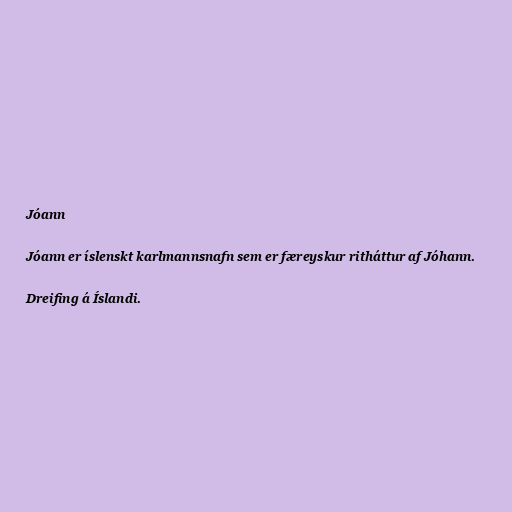
Jóann

Jóann er íslenskt karlmannsnafn sem er færeyskur ritháttur af Jóhann.

Dreifing á Íslandi.